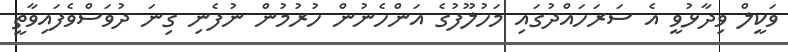
ވަކީލް ވިދާޅުވީ އެ ސަރަހައްދުގައި މަހުލޫފުގެ އަންހެނުން ހުރުމުން ނުފެނި ގިނަ ދުވަސްވެފައިވާތީ